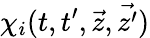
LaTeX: \chi_{i}(t,t^{\prime},\vec{z},\vec{z^{\prime}})